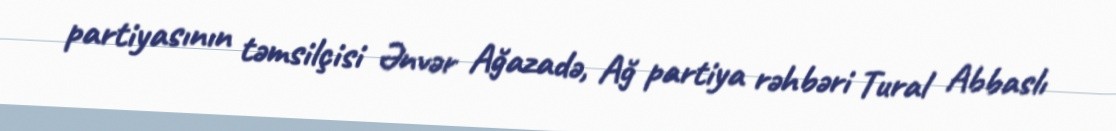
partiyasının təmsilçisi Ənvər Ağazadə, Ağ partiya rəhbəri Tural Abbaslı